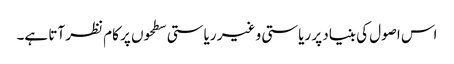
اس اصول کی بنیاد پر ریاستی و غیر ریاستی سطحوں پر کام نظر آتا ہے۔